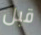
قبل